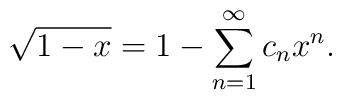
\sqrt{1-x} = 1 - \sum_{n=1}^{\infty}c_nx^n.